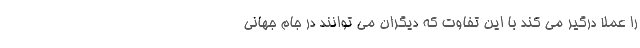
را عملا درگیر می کند با این تفاوت که دیگران می توانند در جام جهانی